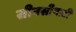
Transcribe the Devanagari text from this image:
सीनसीनाटी